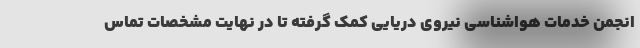
انجمن خدمات هواشناسی نیروی دریایی کمک گرفته تا در نهایت مشخصات تماس